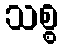
သစ္စ